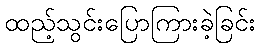
ထည့်သွင်းပြောကြားခဲ့ခြင်း